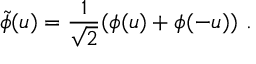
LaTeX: \tilde { \phi } ( u ) = \frac { 1 } { \sqrt { 2 } } ( \phi ( u ) + \phi ( - u ) ) \ .